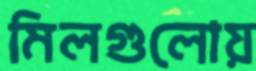
মিলগুলোয়